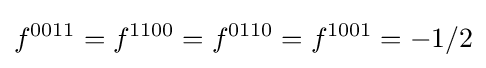
f^{0011}=f^{1100}=f^{0110}=f^{1001}=-1/2